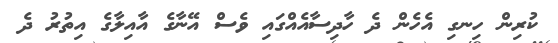
ކުރިން ހިނގި އެހެން ދެ ހާދިސާއެއްގައި ވެސް އޭނާގެ އާއިލާގެ އިިތުރު ދެ